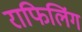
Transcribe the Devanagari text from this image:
राफिलिंग